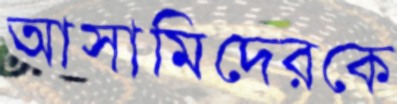
আসামিদেরকে